General report no. 6 on the lunatic asylums, vaccination and dispensaries in the Bengal Presidency, 1873 -
Year: 1873
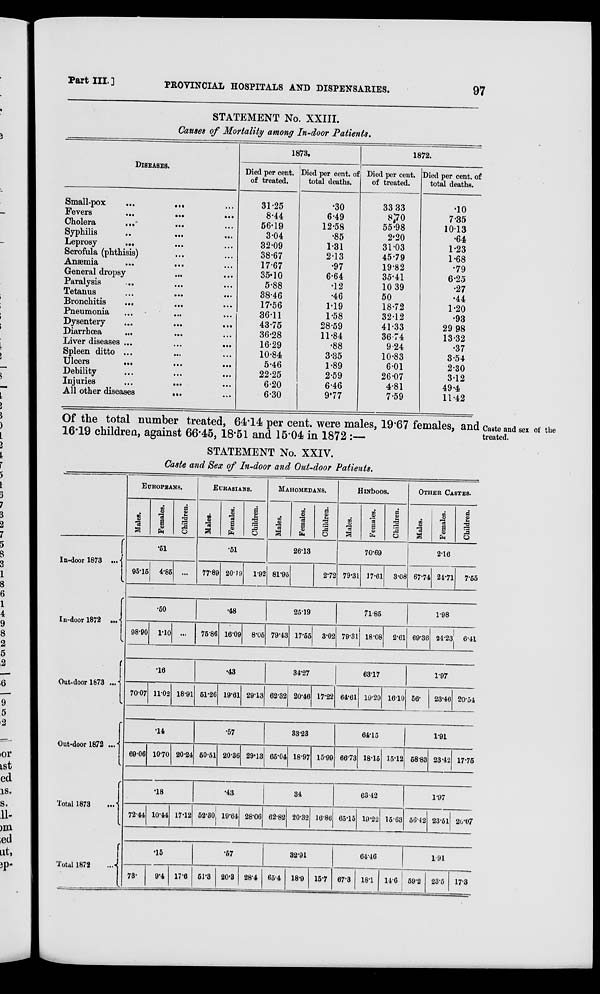
Part III.]
PROVINCIAL HOSPITALS AND DISPENSARIES.
97
STATEMENT No. XXIII.
Causes of Mortality among In-door Patients.
DISEASES.
Small-pox
...
... ...
Fevers
...
...
...
Cholera
... ... ...
Syphilis ... ... ...
Leprosy
... ... ...
Scrofula (phthisis) ... ...
Anæmia
...
... ...
General dropsy ... ...
Paralysis ... ... ...
Tetanus ... ... ...
Bronchitis ... ... ...
Pneumonia ... ... ...
Dysentery
...
...
...
Diarrhœa ... ... ...
Liver diseases ... ... ...
Spleen ditto ... ... ...
Ulcers
... ... ...
Debility ... ... ...
Injuries
...
... ...
All other diseases
... ...
1873.
Died per cent.
of treated.
31.25
8.44
56.19
3.04
32.09
38.67
17.67
35.10
5.88
38.46
17.56
3611
43.75
36.28
16.29
10.84
5.46
22.25
6.20
6.30
Died per cent. of
total deaths.
.30
6.49
12.58
.85
1.31
2.13
.97
6.64
.12
.46
1.19
1.58
28.59
11.84
.88
3.35
1.89
2.59
6.46
9.77
1872.
Died per cent.
of treated.
33.33
8.70
55.98
2.20
31.03
45.79
19.82
35.41
10 39
50
18.72
3212
41.33
3674
9.24
10.83
6.01
26.07
4.81
7.59
Died per cent. of
total deaths.
.10
7.35
10.13
.64
1.23
1.68
.79
6.25
.27
.44
1.20
.93
29.98
13.32
.37
3.54
2.30
312
49.4
11.42
Caste and sex of the
treated.
Of the total number treated, 64.14 per cent. were males, 19.67 females, and
16.19 children, against 66.45, 18.51 and 15.04 in 1872 :—
STATEMENT No. XXIV.
Caste and Sex of In-door and Out-door Patients.
In-door 1873 ...
EUROPEANS.
Males.
Females.
Children.
.51
95.15 4.85 ...
EURASIANS.
Males.
Females.
Children.
.51
77.89 20.19 1.92
MAHOMEDANS.
Males.
Females.
Children.
26.13
81.95
2.72
HINDOOS.
Males.
Females.
Children.
70.69
79.31 17.61 3.08
OTHER CASTES.
Males.
Females.
Children.
2.16
67.74 24.71 7.55
In-door 1872
.50
98.90 1.10 ...
.48
75.86 16.09 8.05
25.19
79.43 17.55 3.02
71.85
79.31 18.08 2.61
1.98
69.36 24.23 6.41
Out-door 1873 ...
.16
70.07 11.02 18.91
.43
51.26 19.61 29.13
34.27
62.32 20.46 17.22
63.17
64.61 19.29 16.10
1.97
56.
23.46 20.54
Out-door 1872 ...
.14
69.06 10.70 20.24
.57
50.51 20.36 29.13
83.28
65.04 18.97 15.99
64.15
66.73 18.15 15.12
1.91
68.83 23.42 17.75
Total 1873...
.18
72.44 10.44 17.12
.43
52.80 19.64 28.06
34
62.82 20.32 16.86
63.42
65.15 19.22 15.63
1.97
56.42 23.51 20.07
Total 1872 ...
.15
78.
9.4 17.6
.67
61.3 20.8 28.4
32.91
65.4 18.9 15.7
64.46
67.3 18.1 14.6
1.91
59.2 23.5 17.3